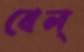
বেল্‌